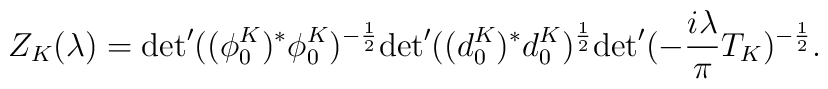
Z_K(\lambda)={\det} '((\phi_0^K)^*\phi_0^K)^{-\frac{1}{2}}{\det} '((d_0^K)^*d_0^K)^{\frac{1}{2}}{\det} '(-\frac{i\lambda}{\pi}T_K)^{-\frac{1}{2}}.